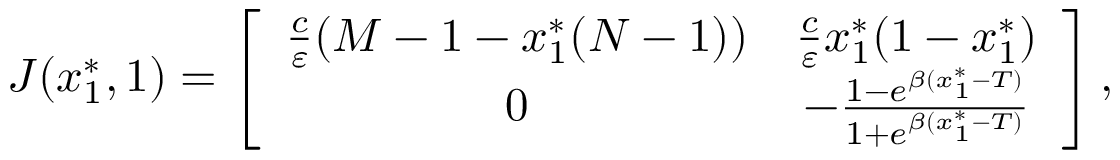
\begin{array} { r } { J ( x _ { 1 } ^ { * } , 1 ) = \left[ { \begin{array} { c c } { \frac { c } { \varepsilon } ( M - 1 - x _ { 1 } ^ { * } ( N - 1 ) ) } & { \frac { c } { \varepsilon } x _ { 1 } ^ { * } ( 1 - x _ { 1 } ^ { * } ) } \\ { 0 } & { - \frac { 1 - e ^ { \beta ( x _ { 1 } ^ { * } - T ) } } { 1 + e ^ { \beta ( x _ { 1 } ^ { * } - T ) } } } \end{array} } \right] , } \end{array}